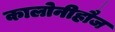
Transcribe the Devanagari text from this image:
कालोनीहौज